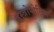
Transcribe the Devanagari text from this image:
इस्त्रोपोलिस